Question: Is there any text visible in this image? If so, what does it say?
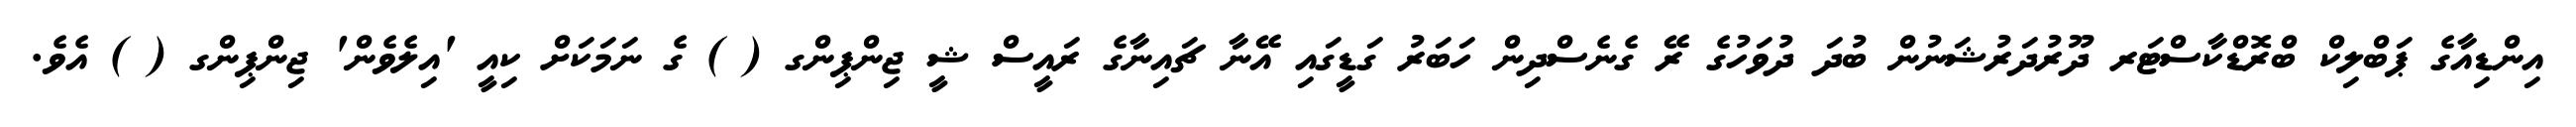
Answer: އިންޑިއާގެ ޕަބްލިކް ބްރޮޑްކާސްޓަރ ދޫރުދަރުޝަނުން ބުދަ ދުވަހުގެ ރޭ ގެނެސްދިން ހަބަރު ގަޑީގައި އޭނާ ޗައިނާގެ ރައީސް ޝީ ޖިންޕިންގ ( ) ގެ ނަމަކަށް ކިއީ 'އިލެވެން' ޖިންޕިންގ ( ) އެވެ.